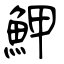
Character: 魻